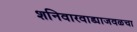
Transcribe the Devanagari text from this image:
शनिवारवाड्याजवळचा